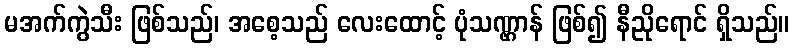
မအက်ကွဲသီး ဖြစ်သည်၊ အစေ့သည် လေးထောင့် ပုံသဏ္ဌာန် ဖြစ်၍ နီညိုရောင် ရှိသည်။